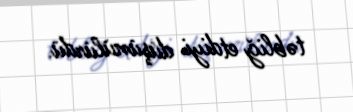
təbliğ etdiyi düşünülürdü.